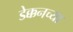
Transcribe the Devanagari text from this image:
डेक्कनच्या